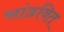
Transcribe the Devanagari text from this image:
सांडवित